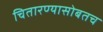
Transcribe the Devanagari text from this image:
चितारण्यासोबतच